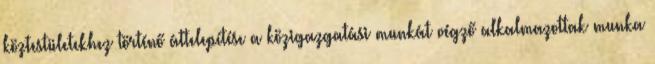
köztestületekhez történő áttelepítése a közigazgatási munkát végző alkalmazottak munka